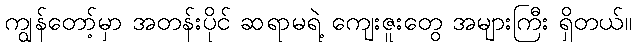
ကျွန်တော့်မှာ အတန်းပိုင် ဆရာမရဲ့ ကျေးဇူးတွေ အများကြီး ရှိတယ်။